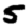
Digit: 5